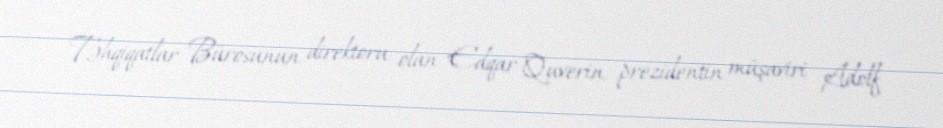
Təhqiqatlar Bürosunun direktoru olan Edqar Quverin prezidentin müşaviri Adolf